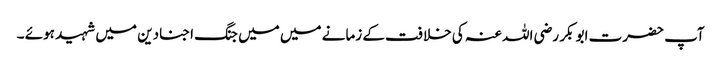
آپ حضرت ابو بکر رضی اللہ عنہ کی خلافت کے زمانے میں میں جنگ اجنادین میں شہید ہوئے ۔